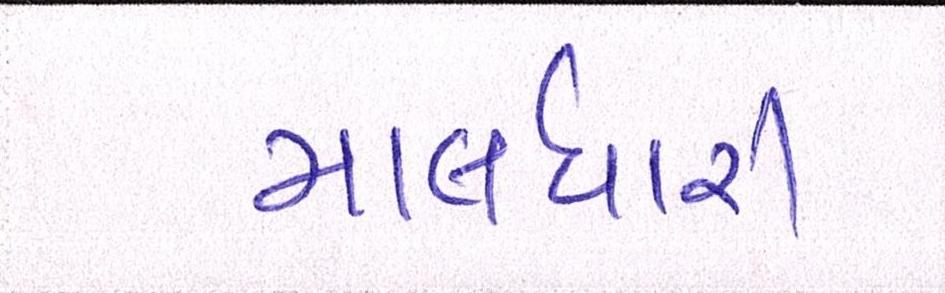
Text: માલધારી